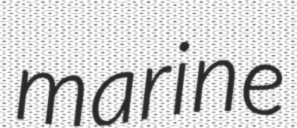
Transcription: marine